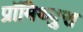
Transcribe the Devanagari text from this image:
प्रॉमिथ्युस